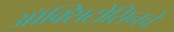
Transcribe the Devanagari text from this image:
ऑक्सिटोसिनचे